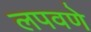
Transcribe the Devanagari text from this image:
लपवणे